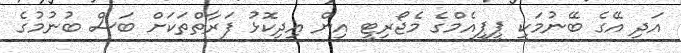
އަދި އޭގެ ބޭނުމަކީ ޕީޕީއެމްގެ މެޖޯރިޓީ އިން އިދިކޮޅު ފަރާތްތަކަށް ބަސް ބުނުމުގެ